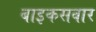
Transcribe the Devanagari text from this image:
बाइकसवार